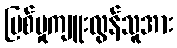
ပြစ်မှုကျူးလွန်သူအား